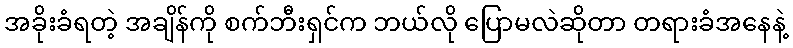
အခိုးခံရတဲ့ အချိန်ကို စက်ဘီးရှင်က ဘယ်လို ပြောမလဲဆိုတာ တရားခံအနေနဲ့